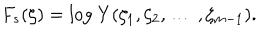
LaTeX: F _ { s } ( \zeta ) = \mathrm { l o g ~ } Y ( \zeta _ { 1 } , \zeta _ { 2 } , \ldots \: , \zeta _ { m - 1 } ) .